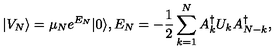
| V _ { N } \rangle = \mu _ { N } e ^ { E _ { N } } | 0 \rangle , E _ { N } = - { \frac { 1 } { 2 } } \sum _ { k = 1 } ^ { N } A _ { k } ^ { \dagger } U _ { k } A _ { N - k } ^ { \dagger } ,